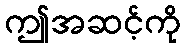
ဤအဆင့်ကို